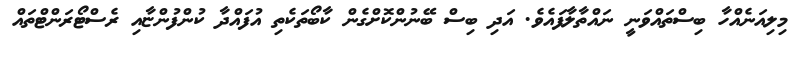
މިލިއަނެއްހާ ބިސްތައްވަނީ ނައްތާލާފައެވެ. އަދި ބިސް ބޭނުންކޮށްގެން ކާބޯތަކެތި އުފައްދާ ކުންފުންޏާއި ރެސްޓޯރަންޓްތައް